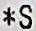
*S